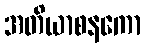
အတိယာစနကော